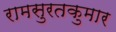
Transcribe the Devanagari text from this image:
रामसुरतकुमार